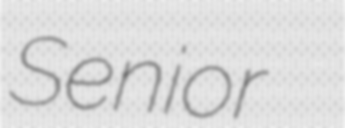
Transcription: Senior